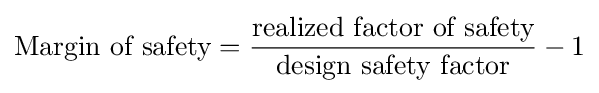
{\text{Margin of safety}}={\frac {\text{realized factor of safety}}{\text{design safety factor}}}-1